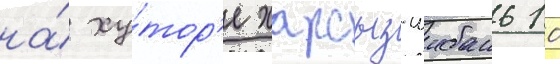
на́ ху́тор'е харсыз-шибань 10